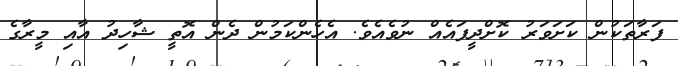
ފަރާތަކުން ކަށަވަރު ކޮށްދީފައެއް ނުވެއެވެ. އެހެންކަމުން ދެން އޮތީ ޝާހިދު އާއި މީރާގެ